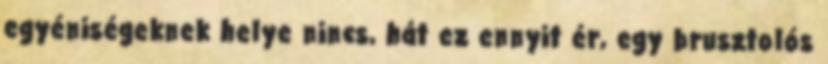
egyéniségeknek helye nincs, hát ez ennyit ér, egy brusztolós